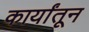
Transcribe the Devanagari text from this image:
कार्यांतून